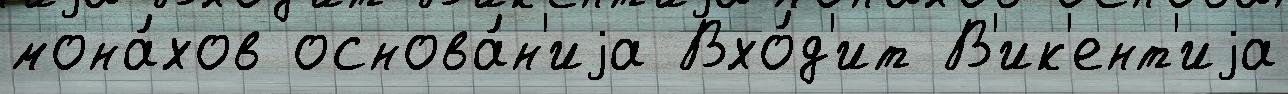
мона́хов основа́н'иjа Вхо́д'ит В'ик'ент'иjа